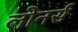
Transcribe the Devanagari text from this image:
लोनर्स